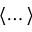
\langle \dots \rangle